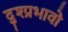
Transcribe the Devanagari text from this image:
दुश्प्रभावो